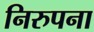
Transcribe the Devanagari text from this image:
निरुपना